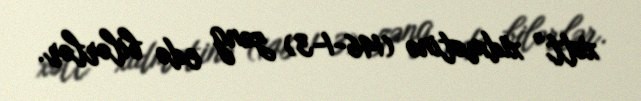
xətt” xidmətinə (146-1-3) zəng edə bilərlər.